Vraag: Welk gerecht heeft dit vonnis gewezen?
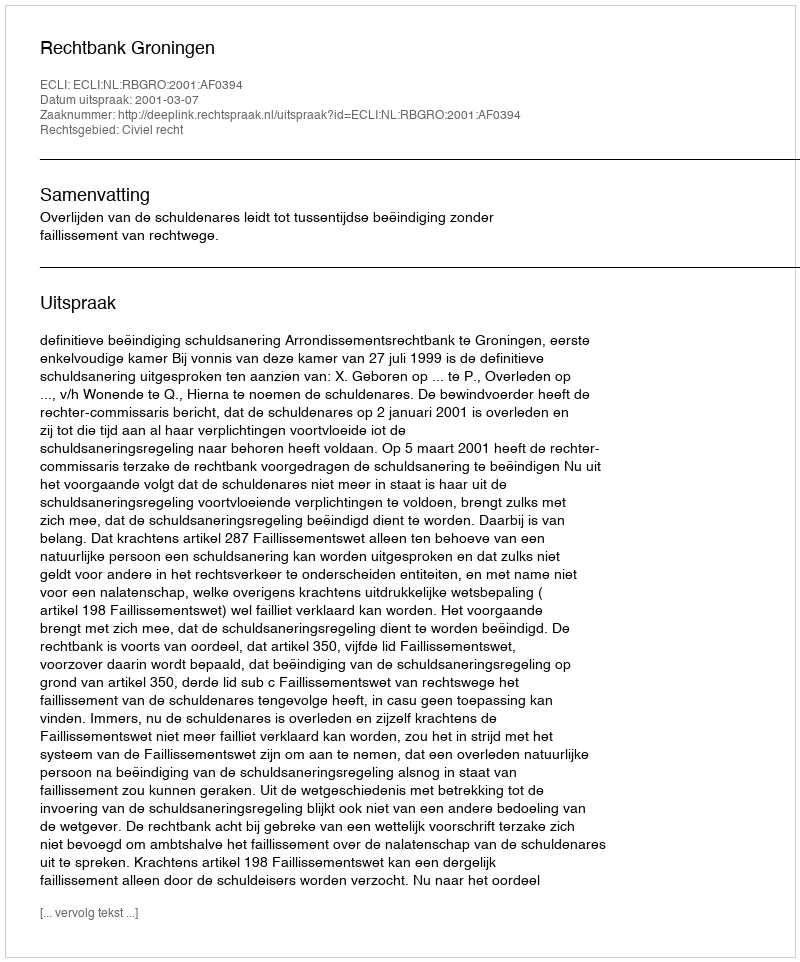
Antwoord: Rechtbank Groningen